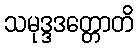
သမုဒ္ဒဒတ္တောတိ